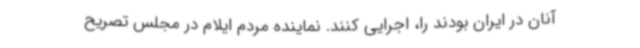
آنان در ایران بودند را، اجرایی کنند. نماینده مردم ایلام در مجلس تصریح